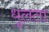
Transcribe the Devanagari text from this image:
धुलता